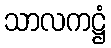
သာလကဋ္ဌံ